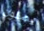
يصلون